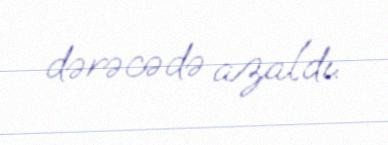
dərəcədə azaldı.